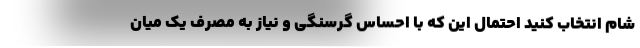
شام انتخاب کنید احتمال این که با احساس گرسنگی و نیاز به مصرف یک میان